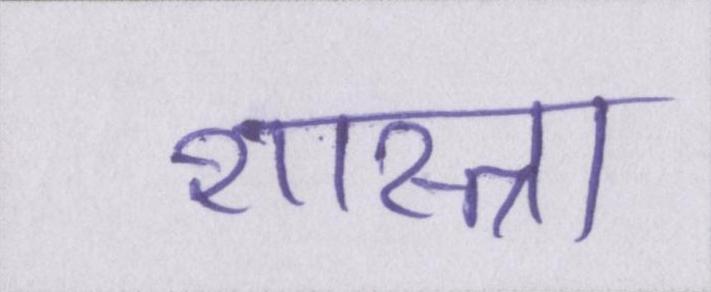
शास्त्रा